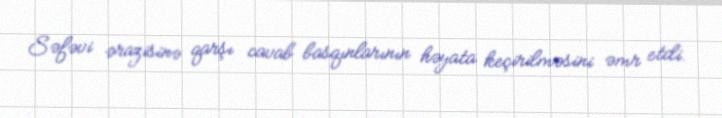
Səfəvi ərazisinə qarşı cavab basqınlarının həyata keçirilməsini əmr etdi.